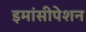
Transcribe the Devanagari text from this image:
इमांसीपेशन